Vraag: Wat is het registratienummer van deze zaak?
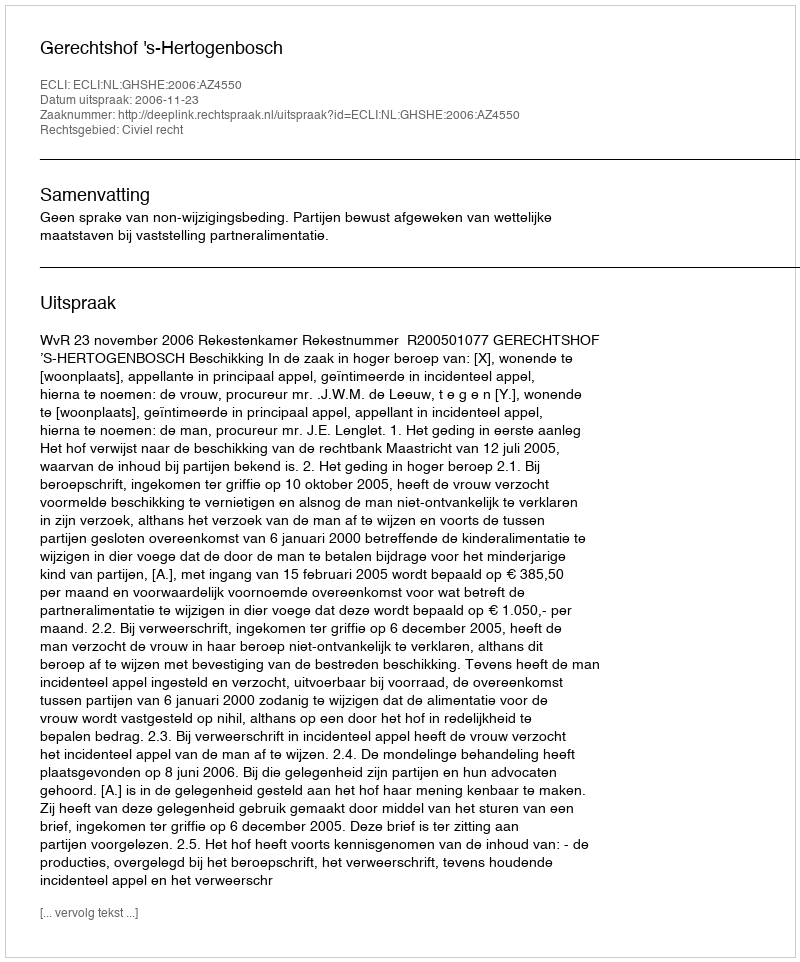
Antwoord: http://deeplink.rechtspraak.nl/uitspraak?id=ECLI:NL:GHSHE:2006:AZ4550